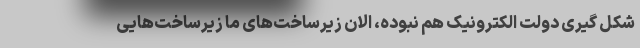
شکل گیری دولت الکترونیک هم نبوده، الان زیرساخت‌های ما زیرساخت‌هایی